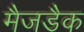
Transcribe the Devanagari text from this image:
मैजडैक